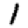
Digit: 1